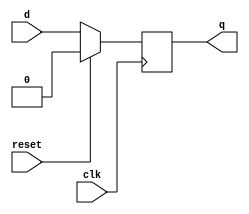
module dff(clk,d,reset,q);
input d,clk,reset;
output q;
reg q;
always@(posedge clk)
begin
if(reset==1)
	q<=0;
else
	q<=d;
end
endmodule